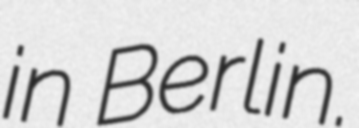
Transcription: in Berlin.